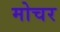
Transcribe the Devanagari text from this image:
मोचर